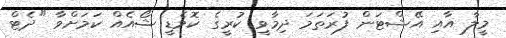
މީލާ އާއި އޭޝްޓަން ފުރަތަމަ ދިމާވީ ކުރީގެ ކޮމެޑީ ޝޯއެއް ކަމަށްވާ "ދެޓް